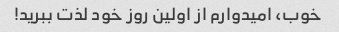
خوب، امیدوارم از اولین روز خود لذت ببرید!